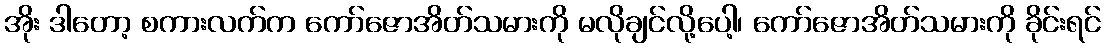
အိုး ဒါတော့ စကားလက်က ကော်ဇောအိတ်သမားကို မလိုချင်လို့ပေါ့၊ ကော်ဇောအိတ်သမားကို ခိုင်းရင်